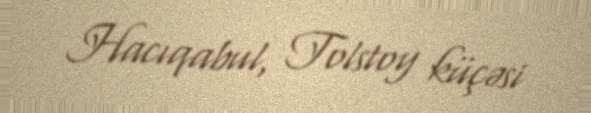
Hacıqabul, Tolstoy küçəsi